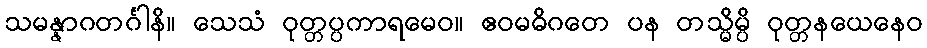
သမန္နာဂတင်္ဂါနိ။ သေသံ ဝုတ္တပ္ပကာရမေဝ။ ဧဝမဓိဂတေ ပန တသ္မိမ္ပိ ဝုတ္တနယေနေဝ